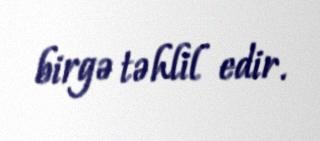
birgə təhlil edir.